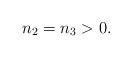
LaTeX: \begin{align*}n_2= n_3>0. \end{align*}